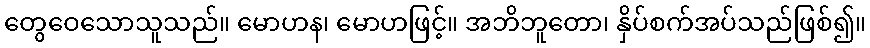
တွေဝေသောသူသည်။ မောဟန၊ မောဟဖြင့်။ အဘိဘူတော၊ နှိပ်စက်အပ်သည်ဖြစ်၍။